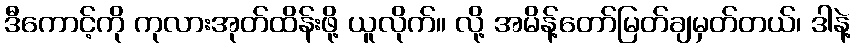
ဒီကောင့်ကို ကုလားအုတ်ထိန်းဖို့ ယူလိုက်။ လို့ အမိန့်တော်မြတ်ချမှတ်တယ်၊ ဒါနဲ့